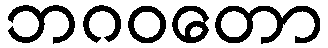
ဘဂဝတော